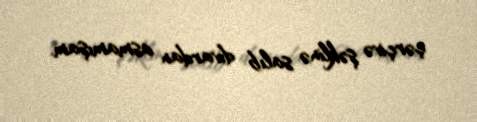
çərçivə şəklinə salıb divardan asmamışam.